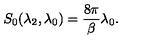
S _ { 0 } ( \lambda _ { 2 } , \lambda _ { 0 } ) = \frac { 8 \pi } { \beta } \lambda _ { 0 } .